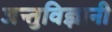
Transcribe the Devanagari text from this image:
जन्तुविज्ञानी